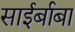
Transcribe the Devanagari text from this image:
साईर्बाबा